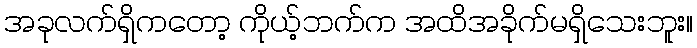
အခုလက်ရှိကတော့ ကိုယ့်ဘက်က အထိအခိုက်မရှိသေးဘူး။